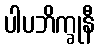
ပါပဘိက္ခုနီ